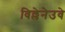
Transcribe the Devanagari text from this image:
विल्लेनेउवे